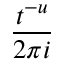
\frac { t ^ { - u } } { 2 \pi i }